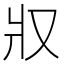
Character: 𤕭